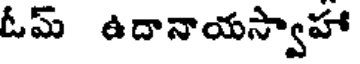
ఓమ్ ఉదానాయస్వాహా